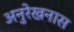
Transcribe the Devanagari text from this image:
अनुरेखनास